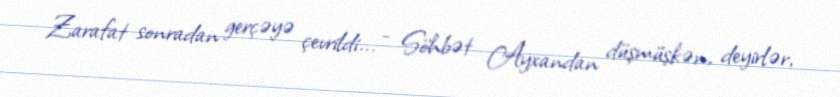
Zarafat sonradan gerçəyə çevrildi... - Söhbət Ayxandan düşmüşkən, deyirlər,